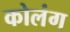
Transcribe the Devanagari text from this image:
कोलंग